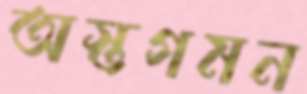
অস্তগমন